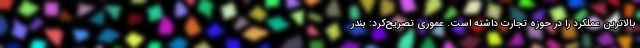
بالاترین عملکرد را در حوزه تجارت داشته است. عموری تصریح‌کرد: بندر